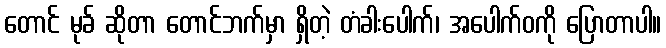
တောင် မုခ် ဆိုတာ တောင်ဘက်မှာ ရှိတဲ့ တံခါးပေါက်၊ အပေါက်ဝကို ပြောတာပါ။